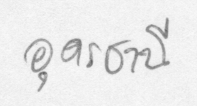
อุดรธานี